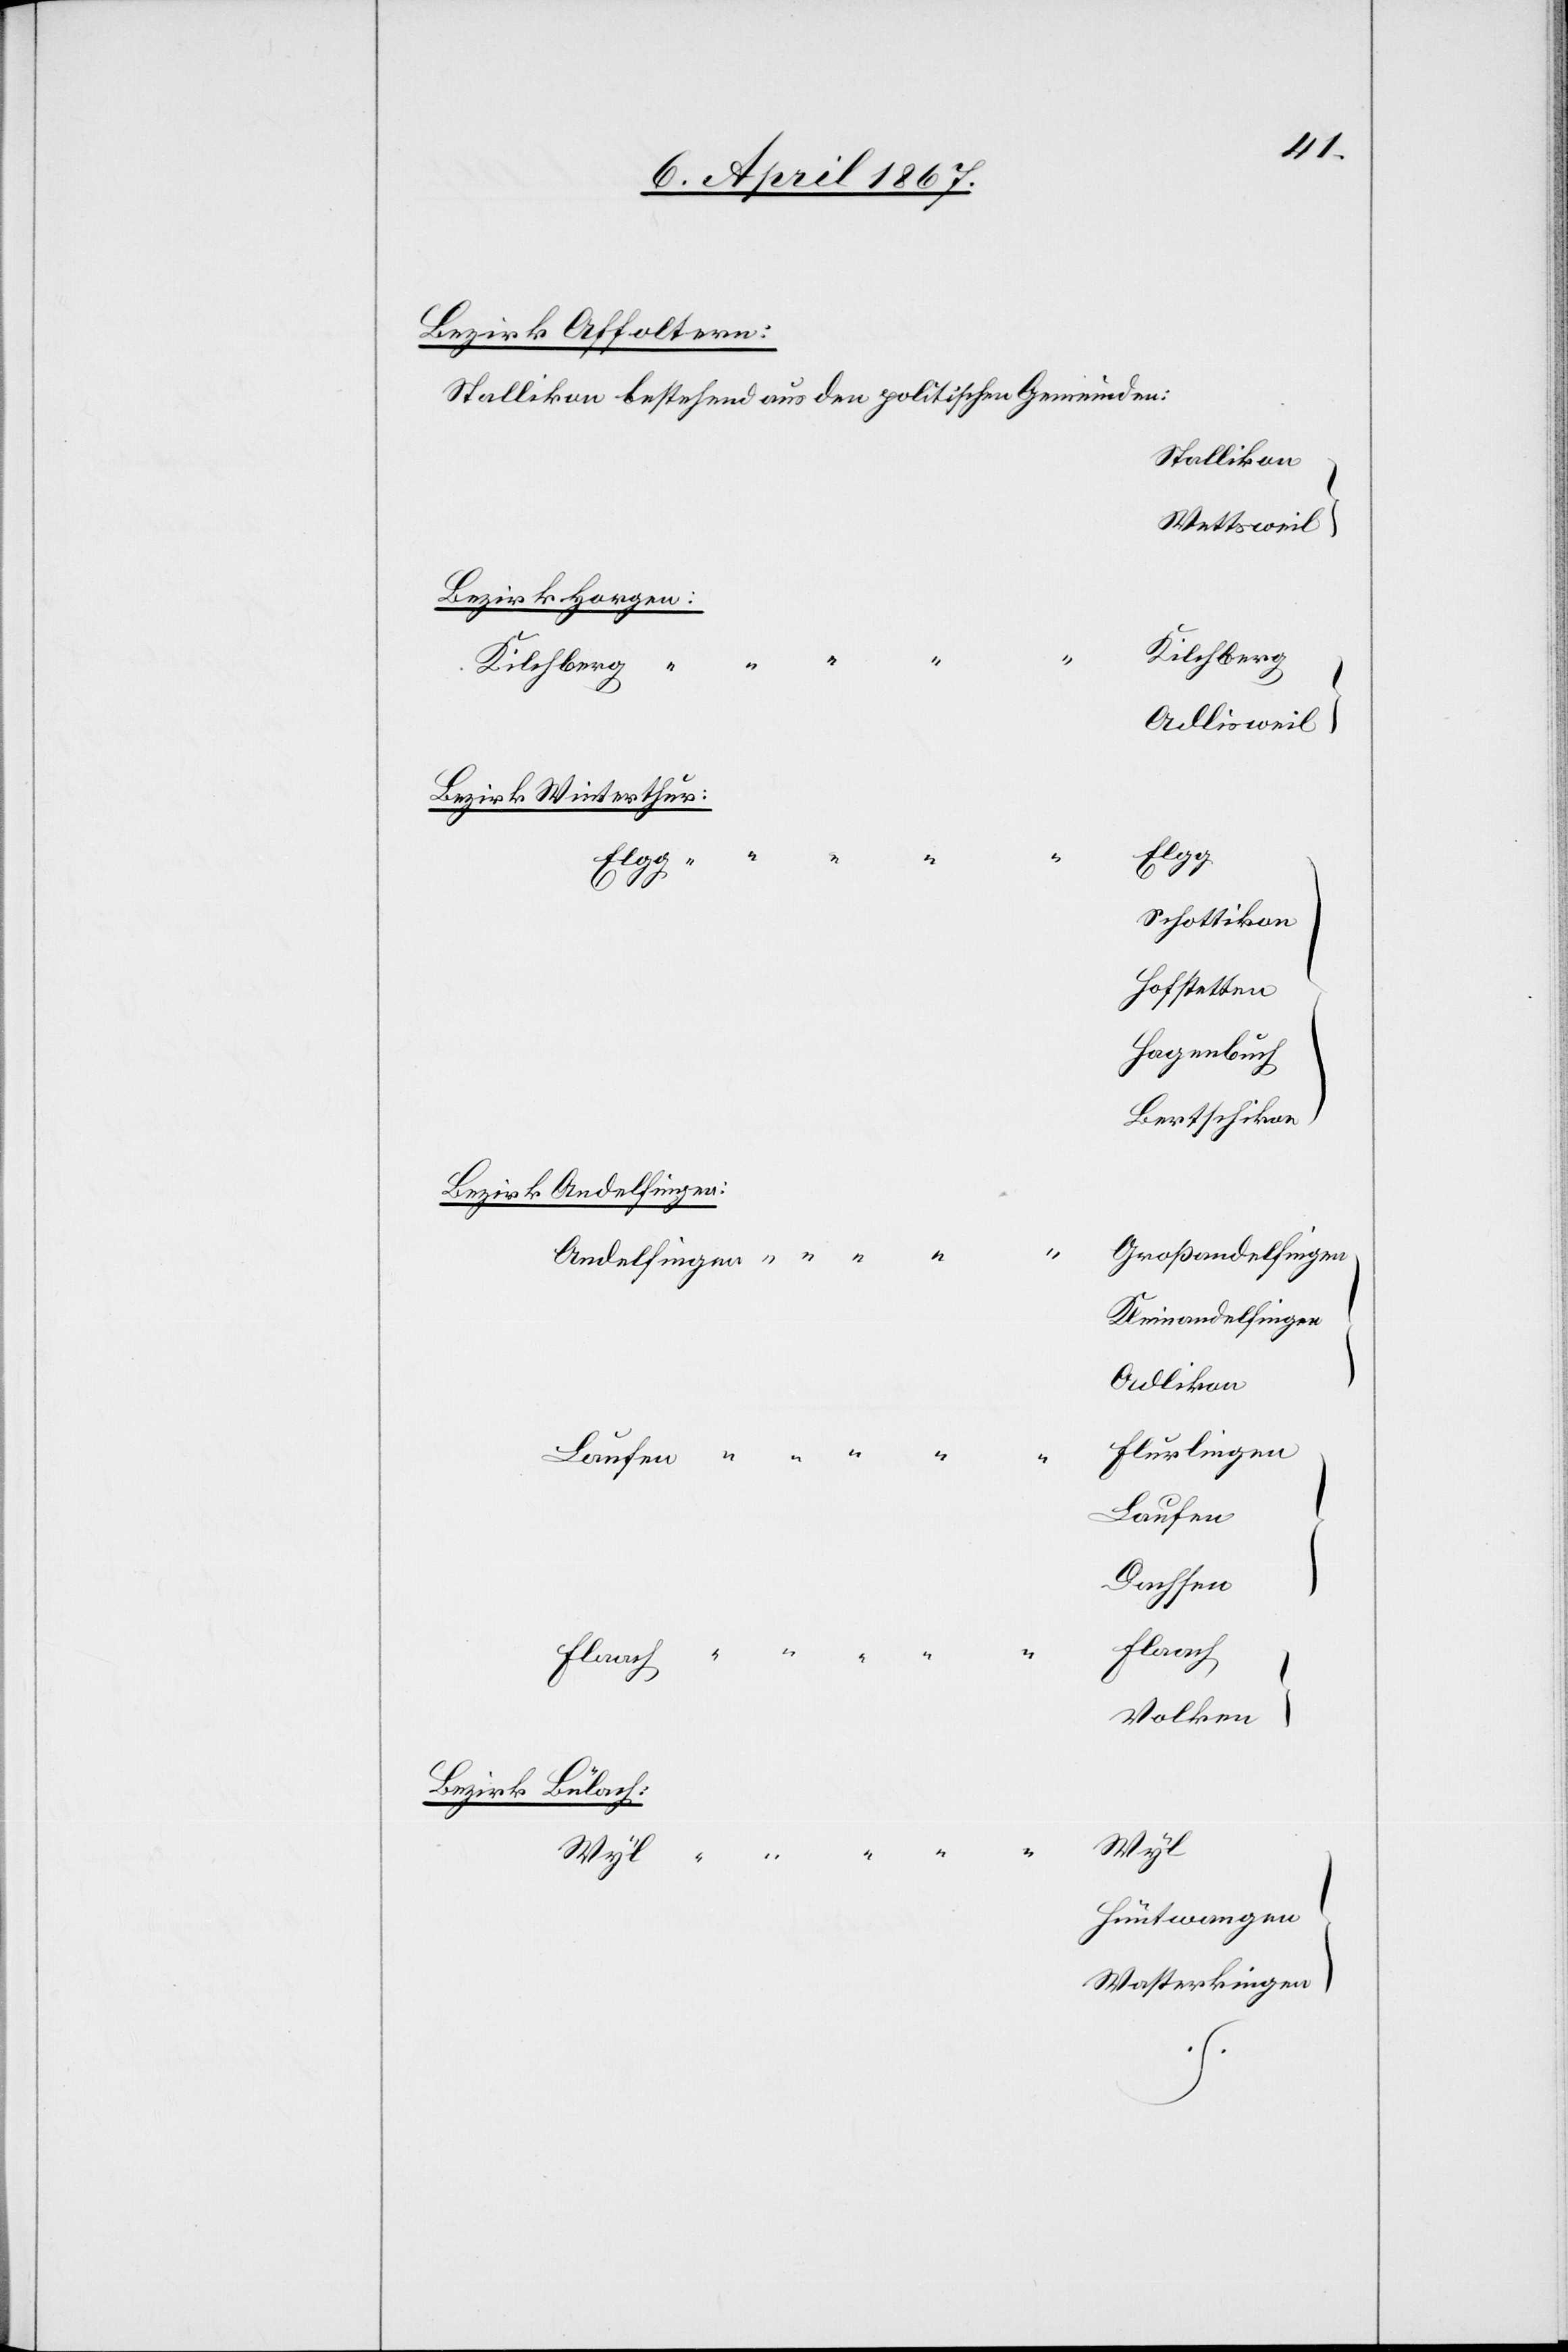
Bezirk Affoltern
Stallikon
Wettsweil
Bezirk Horgen:
Kilchberg
Adlisweil
Bezirk Winterthur:
Elgg
chen]
Schottikon
Hofstetten
Hagenbuch
Bertschikon
Bezirk Andelfingen:
Großandelfingen
Kleinandelfingen
Adlikon
Flurlingen
Laufen
Dachsen
Flaach
Volken
Bezirk Bülach
Wyl
“
Hüntwangen
Wasterkingen